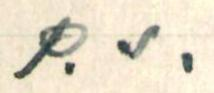
P.S.